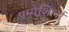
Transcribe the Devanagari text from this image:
एम्मेशिर्ला